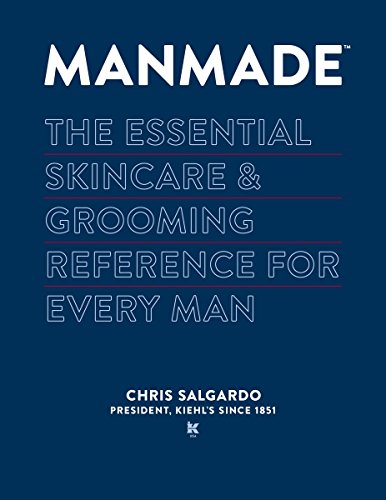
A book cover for MANMADE: The Essential Skincare & Grooming Reference for Every Man; Chris Salgardo; Health, Fitness & Dieting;